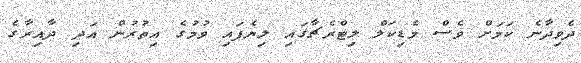
ދެވިދާނެ ކަމަށް ވެސް މެޑިކަލް ލިޓްރެޗާގައި ލިޔެފައި ވުމުގެ އިތުރުން އަދި ދާއިރާގެ